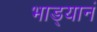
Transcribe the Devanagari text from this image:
भाड्यानं